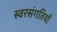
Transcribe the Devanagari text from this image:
स्वरसंगतियाँ